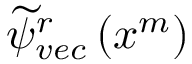
\widetilde { \psi } _ { v e c } ^ { r } \left( x ^ { m } \right)